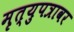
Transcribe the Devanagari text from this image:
मृत्युपत्रावर